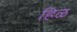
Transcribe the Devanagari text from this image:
हिळ